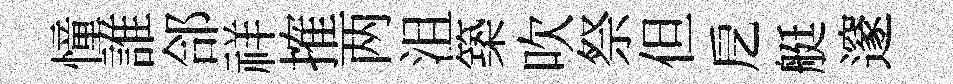
憧誰郃祥搉两沮築吹祭但戹艇邃